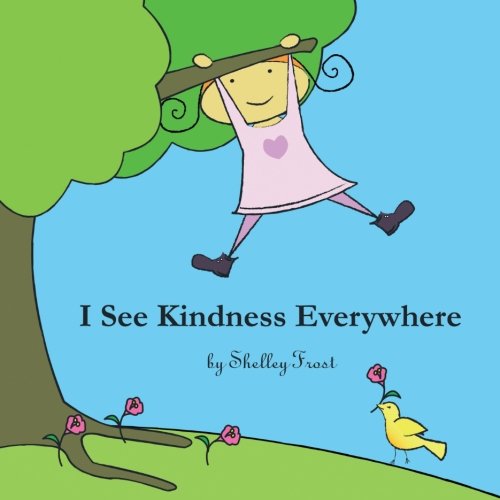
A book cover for I See Kindness Everywhere; Shelley Frost; Children's Books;